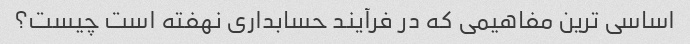
اساسی ترین مفاهیمی که در فرآیند حسابداری نهفته است چیست؟